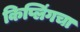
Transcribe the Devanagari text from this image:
किप्लिंगचा